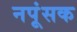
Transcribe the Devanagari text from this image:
नपूंसक